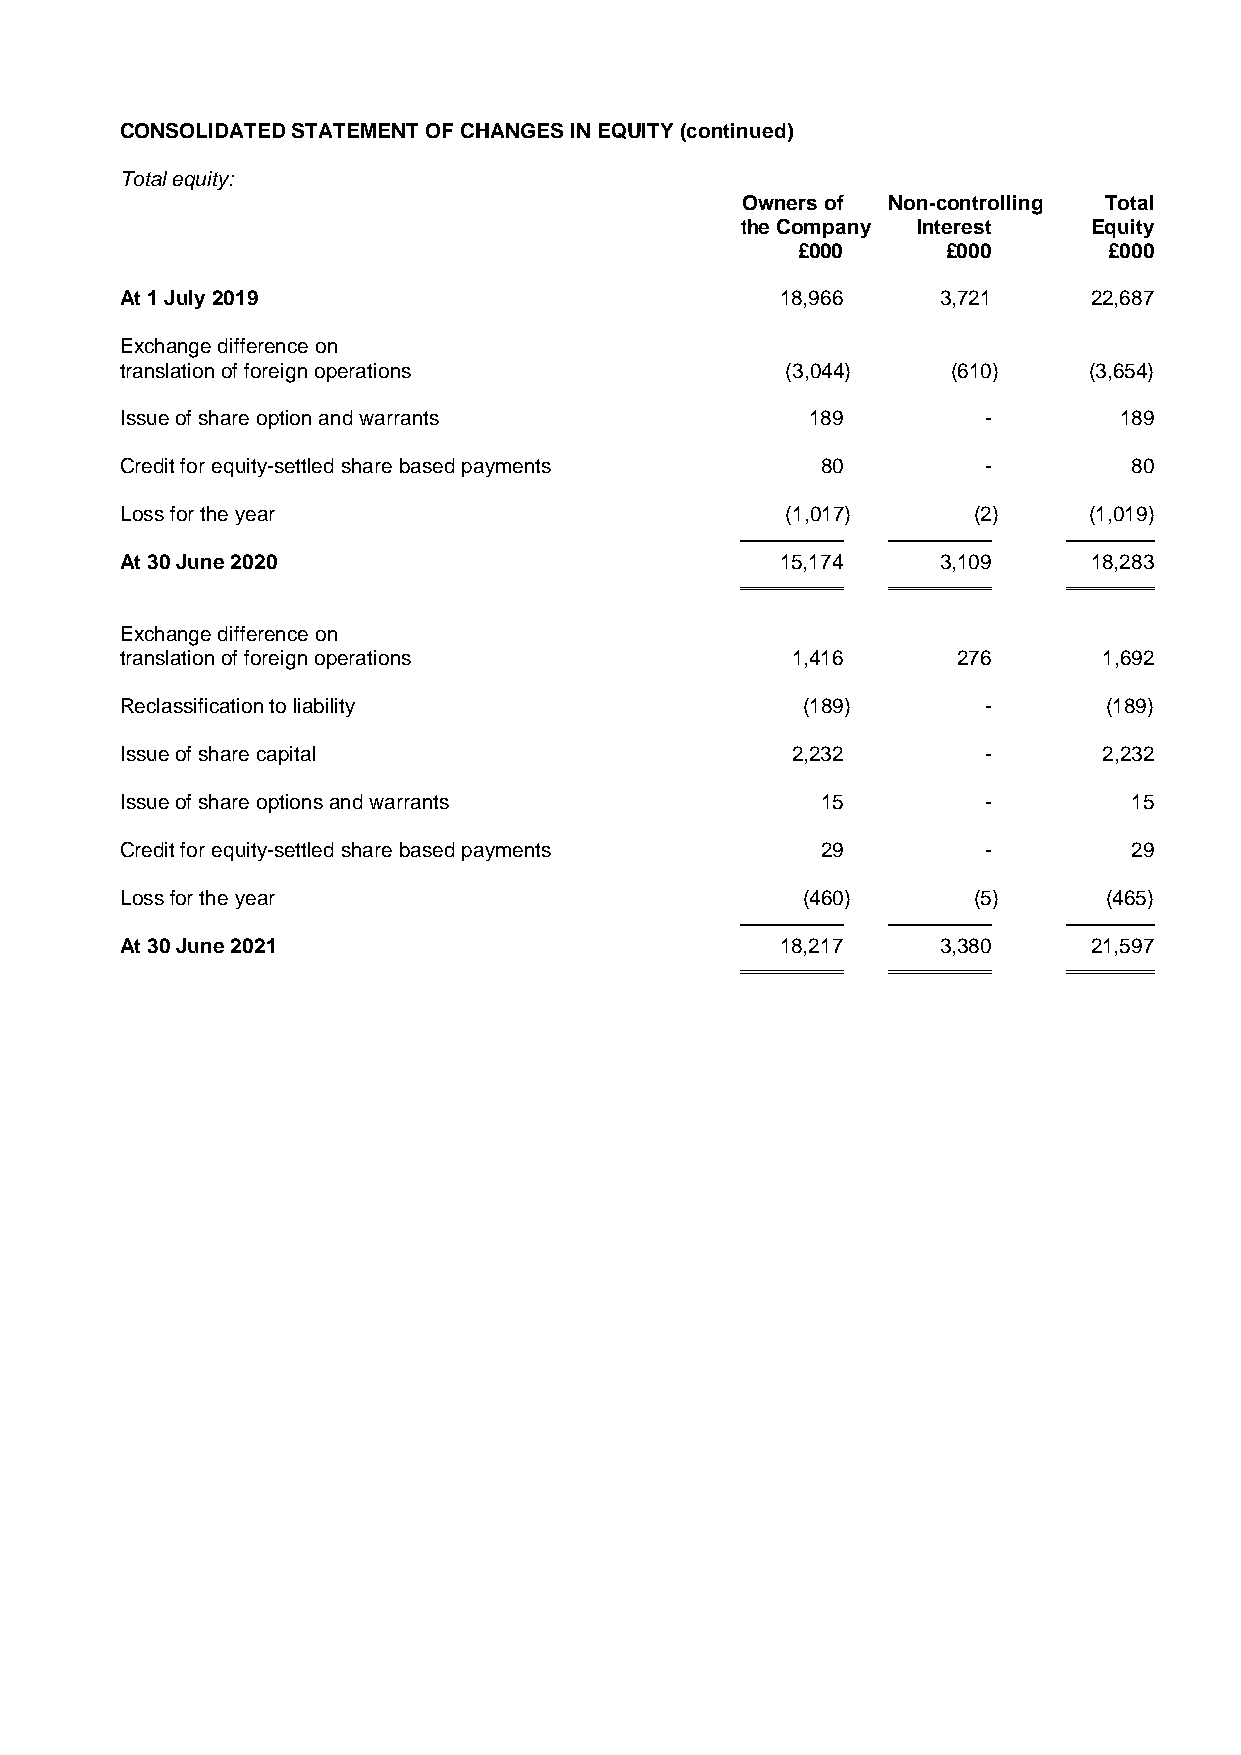
CONSOLIDATED STATEMENT OF CHANGES IN EQUITY (continued)
 Total equity:
 Owners of Non-controlling Total
 the Company Interest   Equity
 £000      £000      £000
 At 1 July 2019                              18,966    3,721     22,687
 Exchange difference on
 translation of foreign operations           (3,044)    (610)    (3,654)
 Issue of share option and warrants            189        -        189
 Credit for equity-settled share based payments 80        -         80
 Loss for the year                           (1,017)     (2)     (1,019)
 At 30 June 2020                             15,174    3,109     18,283
 Exchange difference on
 translation of foreign operations           1,416      276       1,692
 Reclassification to liability                (189)       -       (189)
 Issue of share capital                      2,232        -       2,232
 Issue of share options and warrants           15         -         15
 Credit for equity-settled share based payments 29        -         29
 Loss for the year                            (460)      (5)      (465)
 At 30 June 2021                             18,217    3,380     21,597